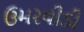
ઉમરવીડી